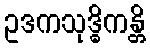
ဥဒကသုဒ္ဓိကန္တိ